Vital statistics of India. Vol. V, Reports of 1876 on armies & jails and on epidemic cholera
Year: 1876
Disease focus: Cholera
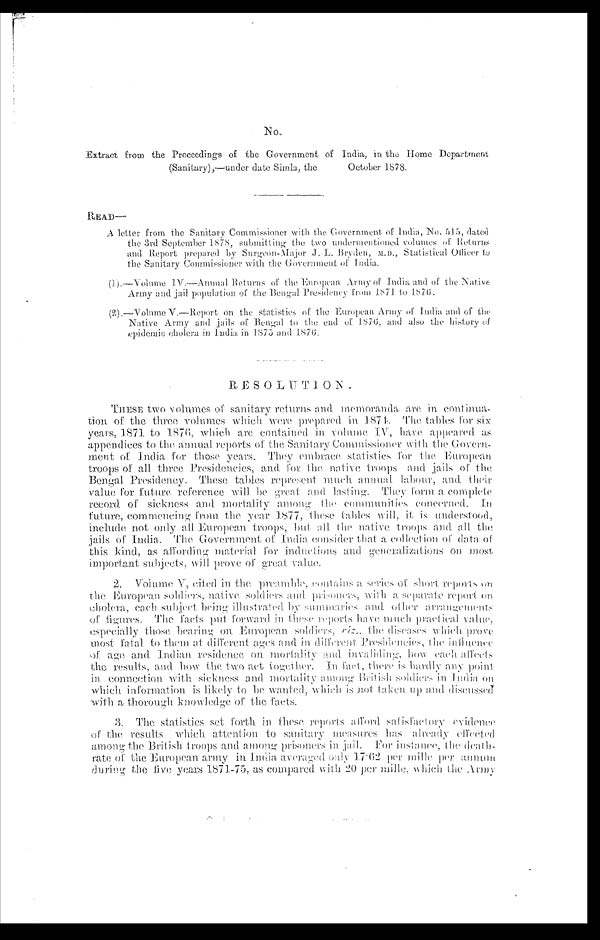
Extract from the Proceedings of the Government of India, in the Home Department
(Sanitary),—under date Simla, the October 1878.
READ–
A l e t t e r f r o m t h e S a n i t a r y C o m m i s s i o n e r w i t h t h e G o v e r n m e n to
f I n
d i a , N o .
515,
date
d t h e 3 r d S e p t e m b e r 1 8 7 8 , s u b m i t t i n g t h e t w o u n d e r m e n t i o n e d v o l u m e s o f R e t u r n s
and Report prepared by Surgeon-Major J. L. Bryden, M.D., Statistical Officer to
the Sanitary Commissioner with the Government of India.
(1).—Volume IV.—Annual Returns of the European Army of India and of the Native
Army and jail population of the Bengal Presidency from 1871 to 1876.
(2).—Volume V.—Report on the statistics of the European Army of India and of the
Native Army and jails of Bengal to the end of 1876, and also the history of
e p i d e m i c c h o l e r a i n I n d i a i n 1 8 7 5 a n d 1 8 7 6 .
RESOLUTION.
THE SE two volumes of sanitary returns and memoranda are in cont
inua-tion of the three volumes which were prepared in 1874. The tables for. six
years, 1871 to 1876, which are contained in volume IV, have appeared
as appendices to the annual reports of the Sanitary Commissioner with the Govern--
ment of India, for those years. They embrace statistics for the Europea
n troops of all three Presidencies, and for the native troops and jails of the
Bengal Presidency. These tables represent much annual labour, and their
value for future reference will be great and lasting. They form a complete
record of sickness and mortality among the communities concerned. In
future, commencing from the year 1877, these tables will, it, is understood,
include not only all European troops, but all the native troops and all t
he jails of India. The Government of India consider that a collection of data of
this kind, as affording material for inductions and generalizations on most
important subjects, will prove of great value
.
2. Volume V, cited in the preamble, contains a series of short reports on the European soldiers, native soldiers and prisoners, with a separate report on cholera, each subject being illustrated by summaries and other arrangements
of f i gur es. The f act s put f or war d i n t hese r epor t s have much pr act i cal val ue, especi al l y t hose bear i ng on. Eur opean sol di er s, vi z. , t he di seases whi ch pr ove most f at al t o t hem at di f f er ent ages and i n di f f er ent Pr esi denci es, t he i nf l uence of age and I ndi an r esi dence on mor t al i t y and i nval i di ng, how each af f ect s
t he resul t s, and how t he t wo act t oget her. In fact , t here i s hardl y any poi nt i n connect i on wi t h si ckness and mort al i t y among Bri t i sh sol di ers i n Indi a on whi ch i nformat i on i s l i kel y t o be want ed, whi ch i s not t aken up and di scussed wi t h a t horough knowl edge of t he fact s.
3 . T h e s t a t i s t i c s s e t f o r t h i n t h e s e r e p o r t s a f f o r d s a t i s f a c t o r y e v i d e n c e o f t h e r e s u l t s wh i c h a t t e n t i o n t o s a n i t a r y me a s u r e s h a s a l r e a d y e f f e c t e d a mo n g t h e B r i t i s h t r o o p s a n d a mo n g p r i s o n e r s i n j a i l . F o r i n s t a n c e , t h e d e a t h - r a t e o f t h e E u r o p e a n a r my i n I n d i a a v e r a g e d o n l y 1 7 . 6 2 p e r mi l l e p e r a n n u m d u r i n g t h e f i v e y e a r s 1 8 7 1 - 7 5 , a s c o mp a r e d wi t h 2 0 p e r mi l l e , wh i c h t h e Ar my